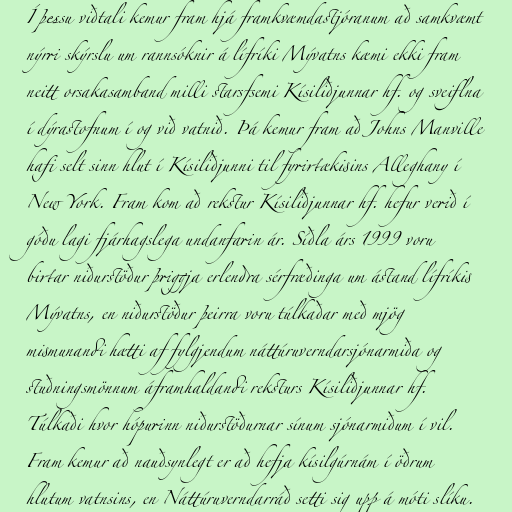
Í þessu viðtali kemur fram hjá framkvæmdastjóranum að samkvæmt
nýrri skýrslu um rannsóknir á lífríki Mývatns kæmi ekki fram
neitt orsakasamband milli starsfsemi Kísiliðjunnar hf. og sveiflna
í dýrastofnum í og við vatnið. Þá kemur fram að Johns Manville
hafi selt sinn hlut í Kísiliðjunni til fyrirtækisins Alleghany í
New York. Fram kom að rekstur Kísiliðjunnar hf. hefur verið í
góðu lagi fjárhagslega undanfarin ár. Síðla árs 1999 voru
birtar niðurstöður þriggja erlendra sérfræðinga um ástand lífríkis
Mývatns, en niðurstöður þeirra voru túlkaðar með mjög
mismunandi hætti af fylgjendum náttúruverndarsjónarmiða og
stuðningsmönnum áframhaldandi reksturs Kísiliðjunnar hf.
Túlkaði hvor hópurinn niðurstöðurnar sínum sjónarmiðum í vil.
Fram kemur að nauðsynlegt er að hefja kísilgúrnám í öðrum
hlutum vatnsins, en Náttúruverndarráð setti sig upp á móti slíku.